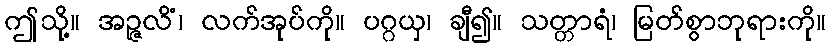
ဤသို့။ အဉ္ဇလိံ၊ လက်အုပ်ကို။ ပဂ္ဂယှ၊ ချီ၍။ သတ္တာရံ၊ မြတ်စွာဘုရားကို။